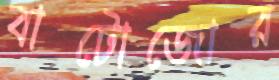
বাটোজোর